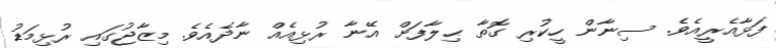
ފަޅާއެރީއެވެ. ސިނާން ހީކުރި ގޮތާ ޙިލާފަށް އޭނާ ރުޅިއެއް ނާދެއެވެ. މިޒާޖުގައި ރުޅިމަޑު